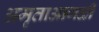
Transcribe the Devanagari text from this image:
अमृताआगळीं